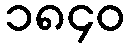
၁၈၄၀